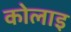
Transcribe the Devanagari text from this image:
कोलाइ